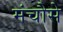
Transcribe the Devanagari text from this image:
मंचौसे